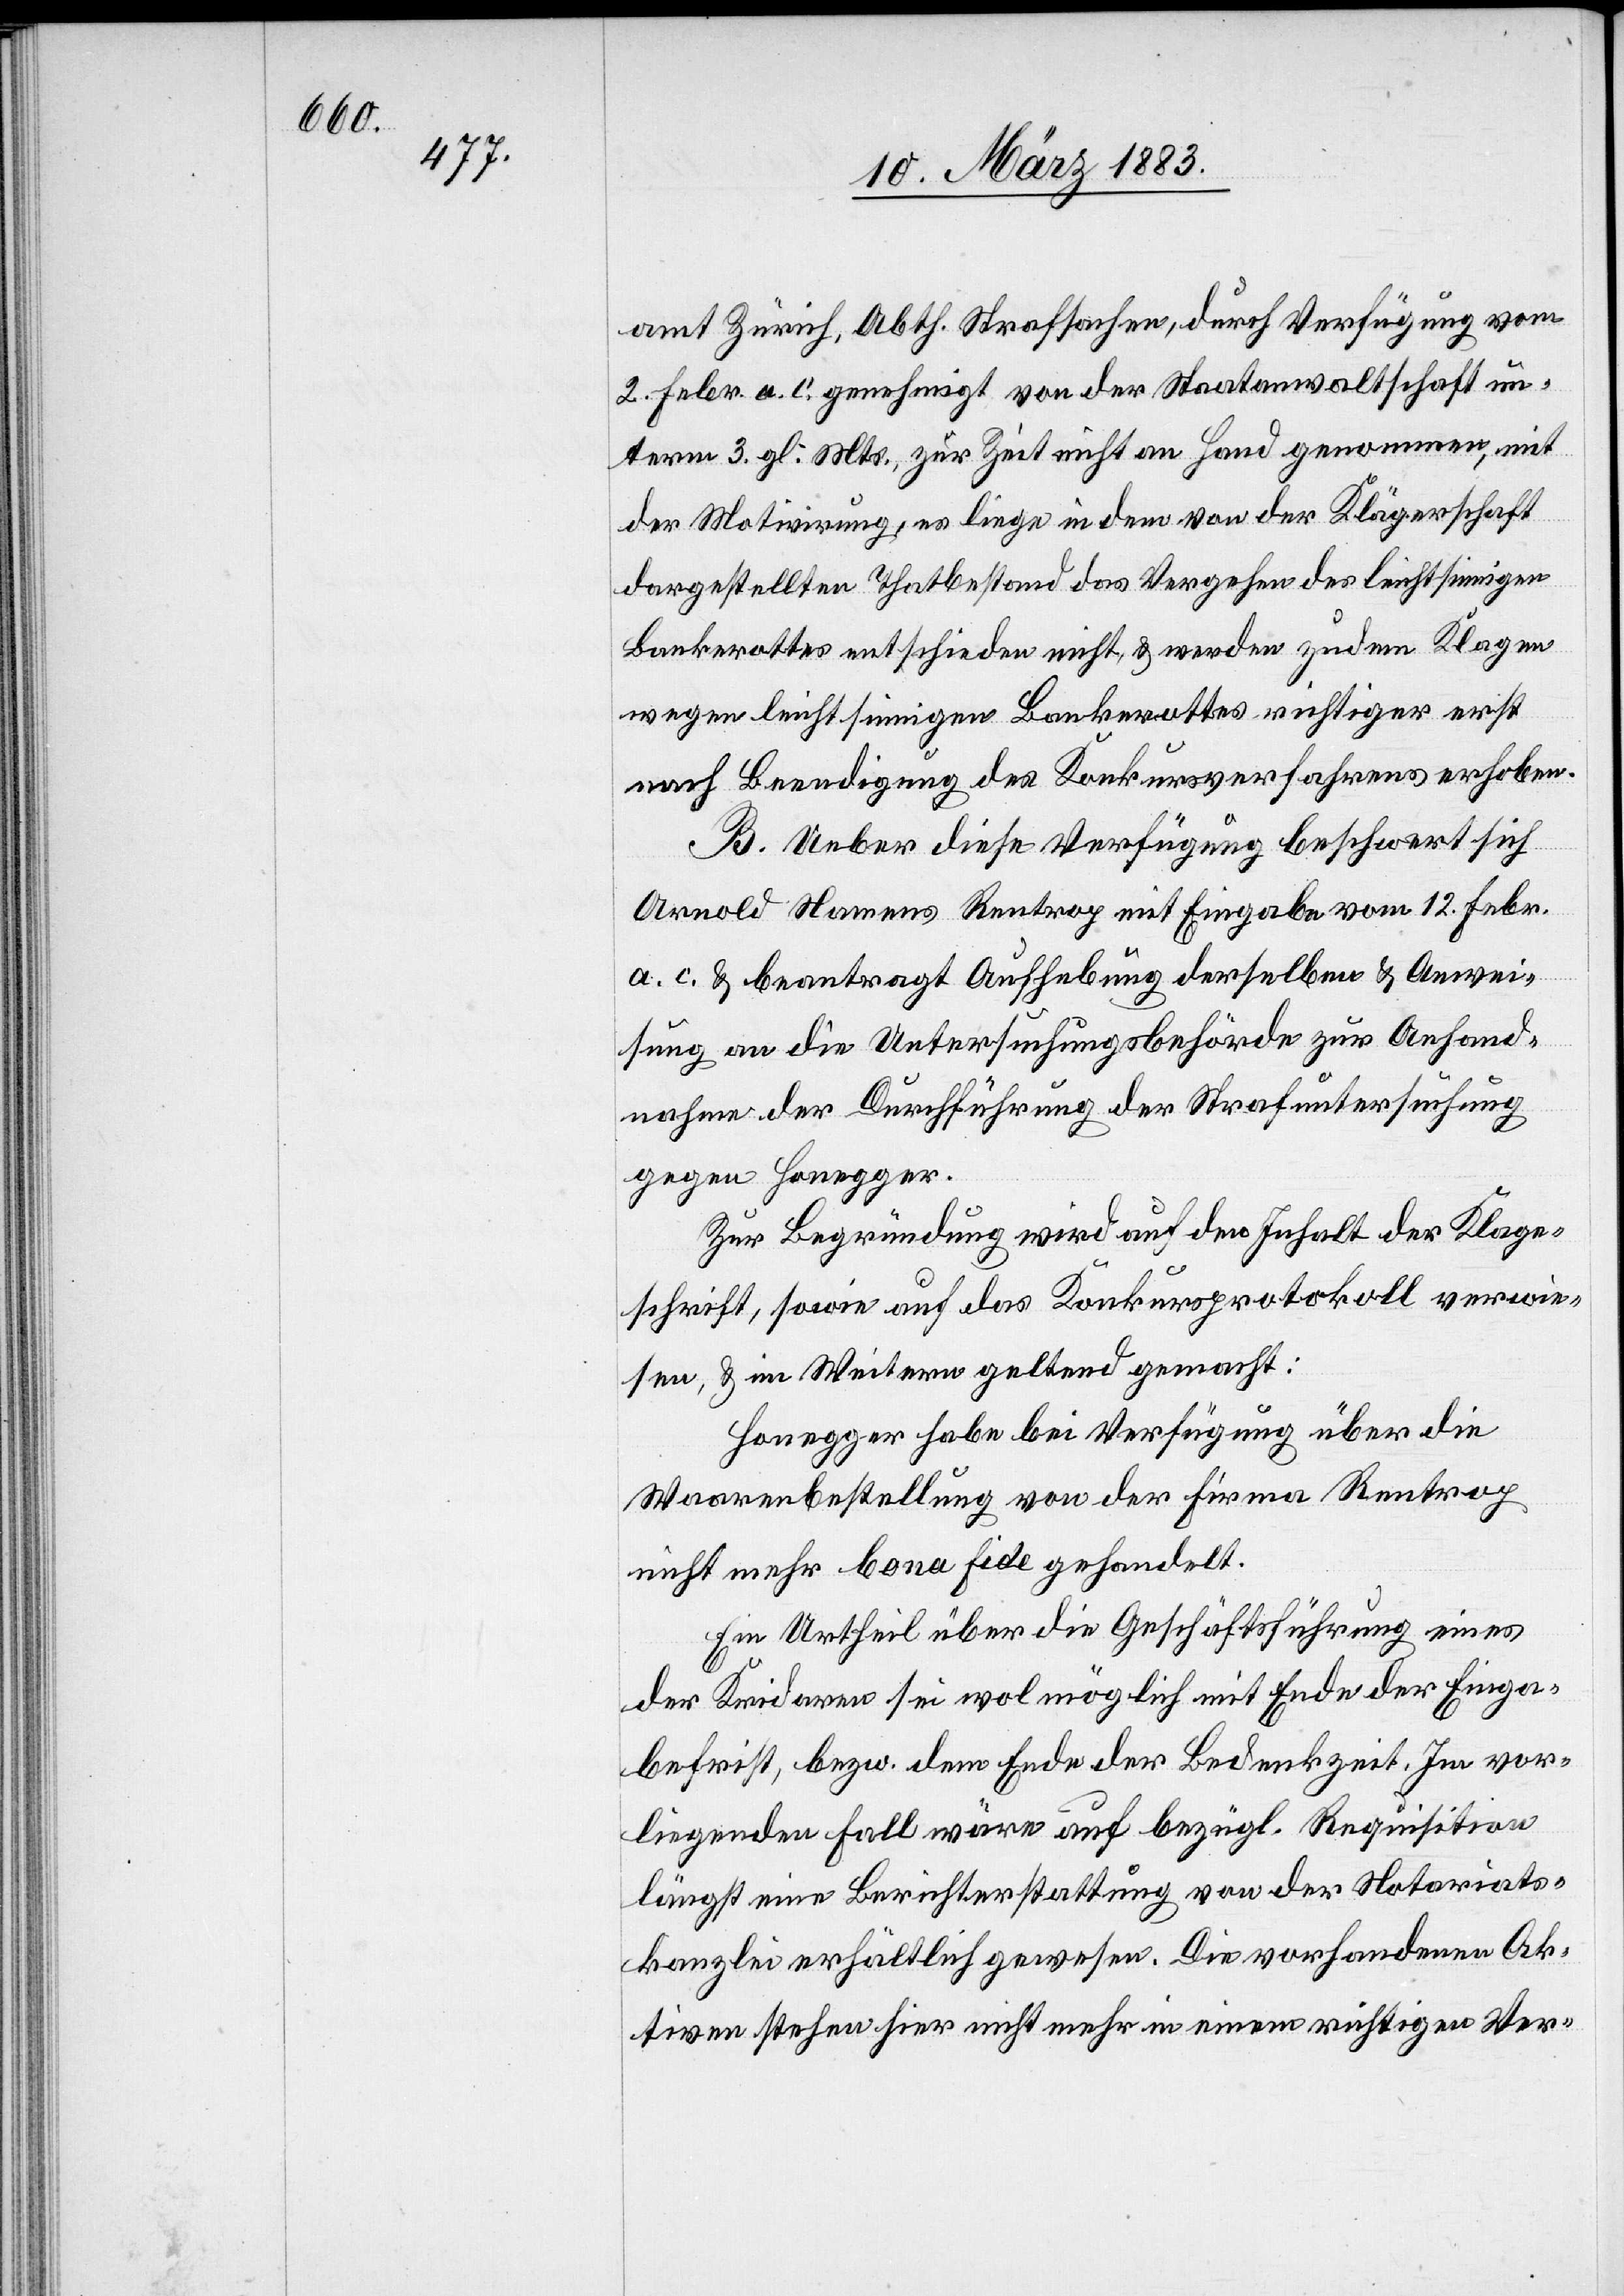
Febr.

&